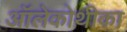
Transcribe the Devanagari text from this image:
ऑलेकोथीका